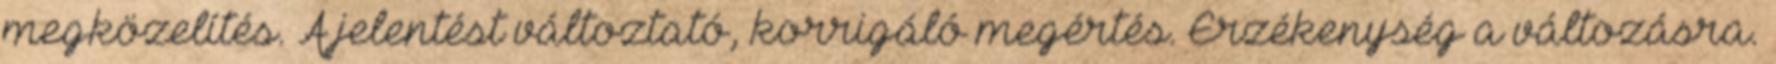
megközelítés. A jelentést változtató, korrigáló megértés. Érzékenység a változásra.